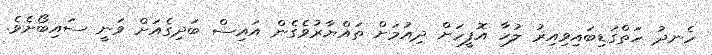
ހެނދު ހަތްގަޑިބައިވިއިރު ލުހާ އޮފީހަށް ދިއުމަށް ތައްޔާރުވެގެން އައިސް ބަދިގެއަށް ވަނީ ސައިބޯށެވެ.